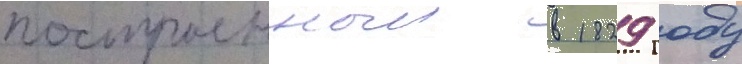
построенныи в 1829 году